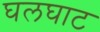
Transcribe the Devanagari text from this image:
घलघाट